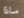
ماذا